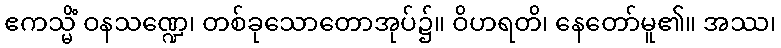
ဧကသ္မိံ ဝနသဏ္ဍေ၊ တစ်ခုသောတောအုပ်၌။ ဝိဟရတိ၊ နေတော်မူ၏။ အဿ၊